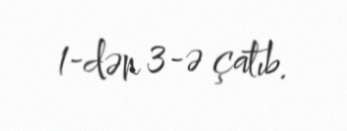
1-dən 3-ə çatıb.